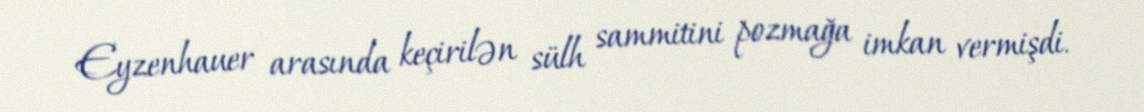
Eyzenhauer arasında keçirilən sülh sammitini pozmağa imkan vermişdi.